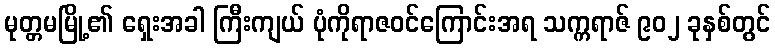
မုတ္တမမြို့၏ ရှေးအခါ ကြီးကျယ် ပုံကိုရာဇဝင်ကြောင်းအရ သက္ကရာဇ် ၉၀၂ ခုနှစ်တွင်